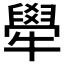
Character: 𤛱